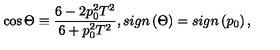
\cos \Theta \equiv \frac { 6 - 2 p _ { 0 } ^ { 2 } T ^ { 2 } } { 6 + p _ { 0 } ^ { 2 } T ^ { 2 } } , s i g n \left( \Theta \right) = s i g n \left( p _ { 0 } \right) ,